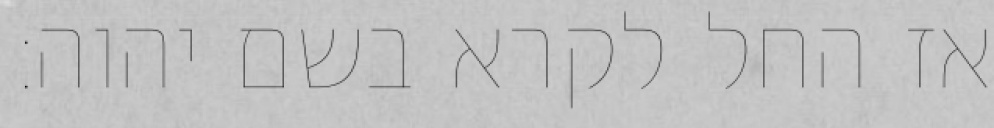
אז החל לקרא בשם יהוה׃